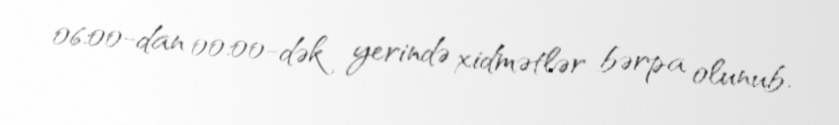
06:00-dan 00:00-dək yerində xidmətlər bərpa olunub.